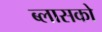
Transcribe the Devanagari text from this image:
ब्लासको